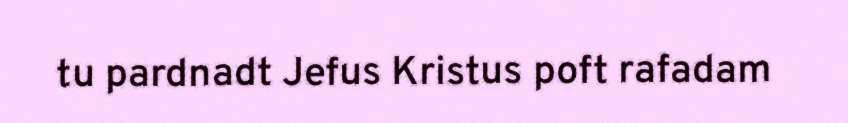
tu pardnadt Jefus Kristus poft rafadam